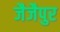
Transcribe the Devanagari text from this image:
जैजैपुर